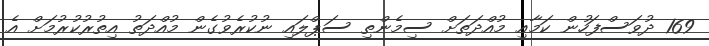
169 ދުވަސްފަހުން ކަމާއި މުއްދަތަށް ސިމެންތި ސަޕްލައި ނުކުރެވުގެން މުއްދަތު އިތުރުކުރުމަށް އެ